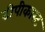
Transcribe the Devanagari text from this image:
टीपीकास्ट